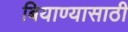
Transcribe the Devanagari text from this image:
बियाण्यासाठी